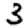
Digit: 3